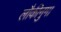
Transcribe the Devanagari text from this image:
लौकीनुमा